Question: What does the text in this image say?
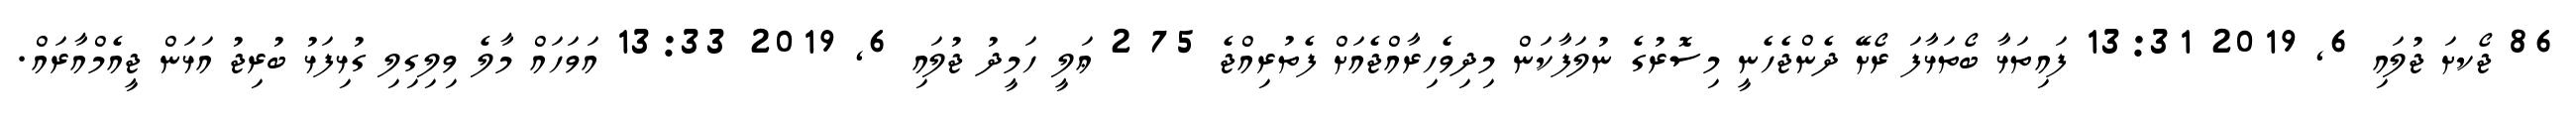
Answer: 86 ޖޯކށަ ޖުލައި 6, 2019 13:31 ފައިތަޅާ ބޯތަޅާފަ ރޯށޭ ދެންޖެހެނީ މިސޮރުގެ ނުލަފާކަން މިދިވެހިރާއްޖެއަށް ފެތުރިއްޖެ 75 2 ޢަލީ ހަމީދު ޖުލައި 6, 2019 13:33 އަވަހައް މާލެ ވިލިގިލި ގުޅިފަޅު ބުރިޖު އަޅަން ޖީއެމްއާރައް.